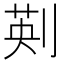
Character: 𠝟